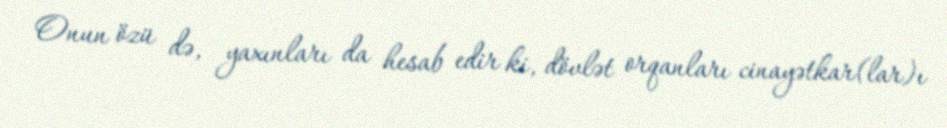
Onun özü də, yaxınları da hesab edir ki, dövlət orqanları cinayətkar(lar)ı